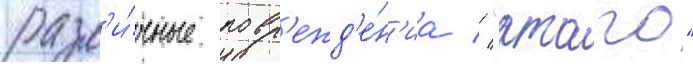
разл'и́чные повр'ежд'е́н'иа // "атаго"